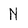
Character: N